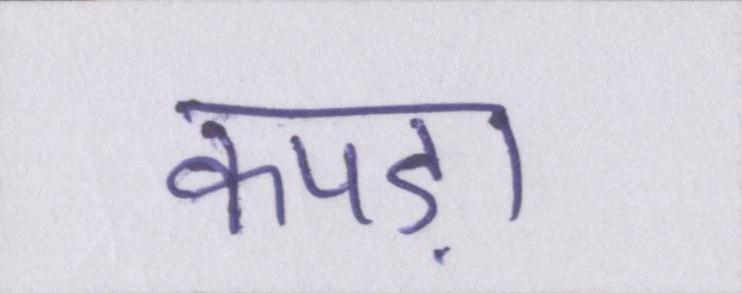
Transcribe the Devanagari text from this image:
कपड़ा